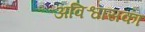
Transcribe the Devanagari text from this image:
अविश्वासका